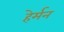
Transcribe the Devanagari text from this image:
हेर्मन